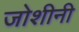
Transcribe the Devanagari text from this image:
जोशीनी